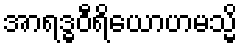
အာရဒ္ဓဝီရိယောဟမသ္မိ